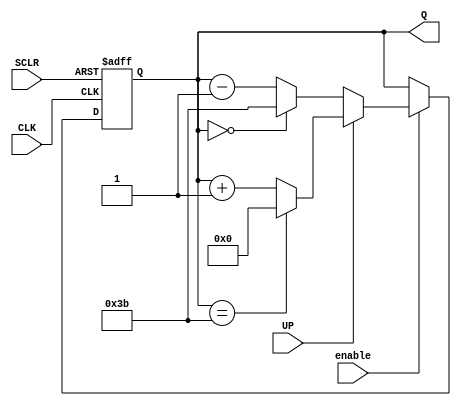
`timescale 1ns / 1ps
//////////////////////////////////////////////////////////////////////////////////
// Company: 
// Engineer: 
// 
// Design Name: 
// Module Name: custom_counter
// Project Name: 
// Target Devices: 
// Tool Versions: 
// Description: 
// 
// Dependencies: 
// 
// Revision:
// Revision 0.01 - File Created
// Additional Comments:
// 
//////////////////////////////////////////////////////////////////////////////////

module c_counter_binary_0(
    input CLK,
    input SCLR,
    input UP,
    input enable,
    output reg [5:0] Q
    );
    
    parameter max = 6'b111011;
    
    always @(posedge CLK or posedge SCLR) begin
        if (SCLR) begin
            Q <= 0;
        end 
        else if (enable) begin
            if (UP == 1) begin
                if (Q == max) begin
                    Q <= 0;
                end
                else Q <= Q + 1;
            end
            else if (UP == 0) begin
                if (Q == 0) begin
                    Q <= max;
                end
                else Q <= Q - 1;
            end
        end
    end
    
endmodule